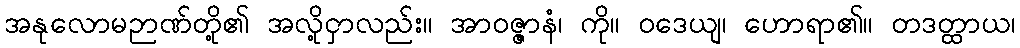
အနုလောမဉာဏ်တို့၏ အလို့ငှာလည်း။ အာဝဇ္ဇာနံ၊ ကို။ ဝဒေယျ၊ ဟောရာ၏။ တဒတ္ထာယ၊